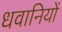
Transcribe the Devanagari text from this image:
धवानियों